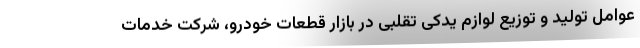
عوامل تولید و توزیع لوازم یدکی تقلبی در بازار قطعات خودرو، شرکت خدمات